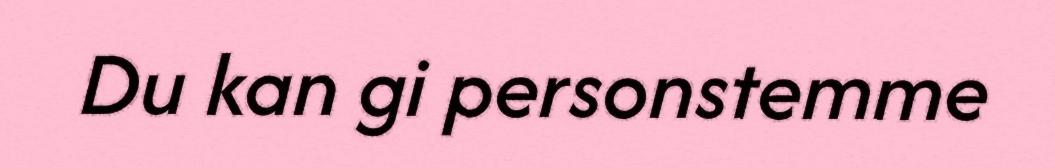
Du kan gi personstemme